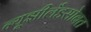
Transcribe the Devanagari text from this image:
न्यूझीलँडसोबत